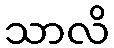
သာလိ